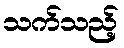
သက်သည့်